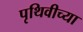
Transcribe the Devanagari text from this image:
पृथिवीच्या